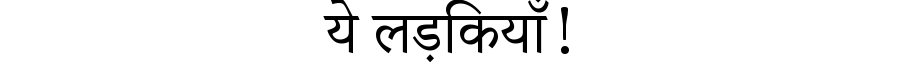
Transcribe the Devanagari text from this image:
ये लड़कियाँ!